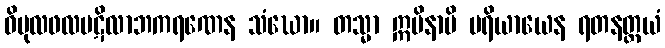
ဝိပုလဖလပဋိလာဘကရဏေန သံဃော။ တသ္မာ ဣမိနာပိ ပရိယာယေန ရတနတ္တယံ